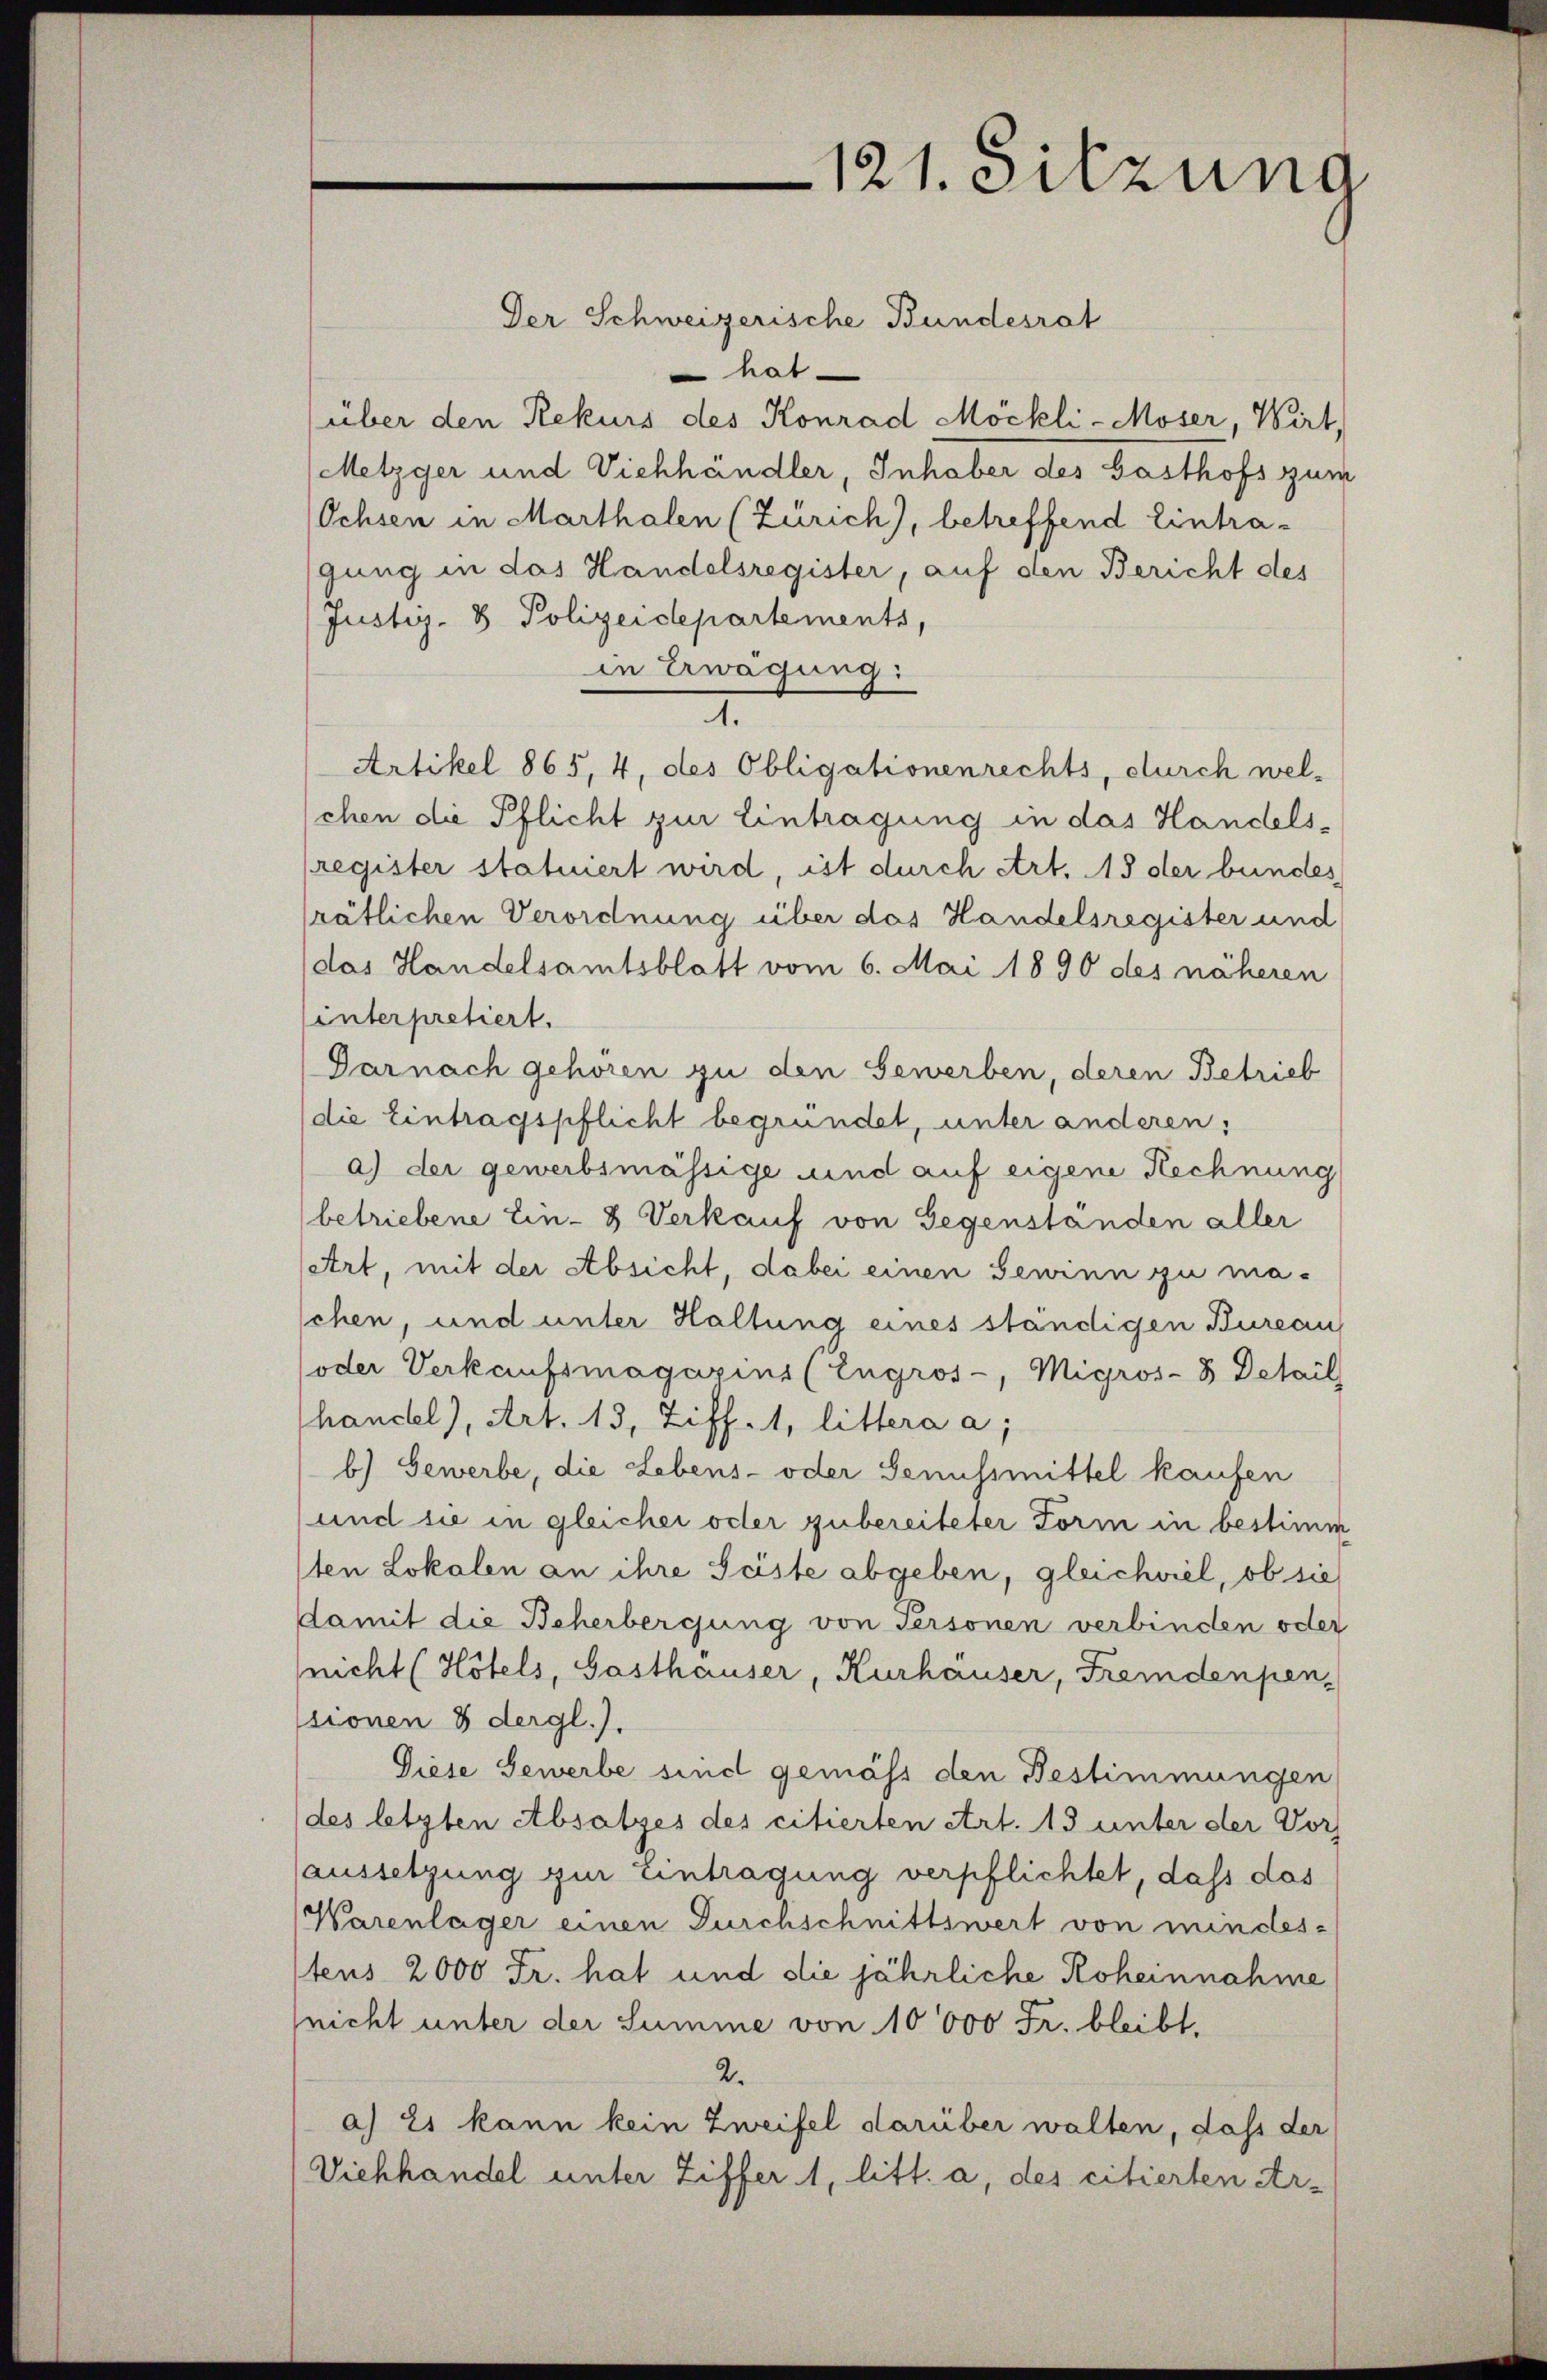
121. Sitzung

Der Schweizerische Bundesrat
hat.
über den Rekurs des Konrad Möckli-Moser, Wirt,
Metzger und Viehhändler, Inhaber des Gasthofs zum
Ochsen in Marthalen (Zürich), betreffend Eintragung in das Handelsregister, auf den Bericht des
Justiz- & Polizeidepartements,
in Erwägung:
.
Artikel 865, 4, des Obligationenrechts, durch wel-
chen die Pflicht zur Eintragung in das Handelsregister statuiert wird, ist durch Art. 15 der bundes
rätlichen Verordnung über das Handelsregister und
(das Handelsamtsblatt vom 6. Mai 1890 des näheren
Interpretiert.
Darnach gehören zu den Gewerben, deren Betrieb
(die Eintragspflicht begründet, unter anderen:
a) der gewerbsmässige und auf eigene Rechnung
betriebene Ein- & Verkauf von Gegenständen aller
Art, mit der Absicht, dabei einen Gewinn zu ma-
schen, und unter Haltung eines ständigen Bureau
oder Verkaufsmagazins (Engros-, Migros-B Detail
hancel), Art. 13, Ziff. 1, littera a;
b) Gewerbe, die Lebens- oder Genussmittel kaufen
und sie in gleicher oder zubereiteter Form in bestimm
1ten Lokalen an ihre Seiste abgeben, gleichviel, ob sie
damit die Beherbergung von Personen verbinden oder
nicht (Hotels, Gasthauser, Kurhauser, Fremdenpen-
ssionen & dergl.).
Diese Gewerbe sind gemäss den Bestimmungen
des letzten Absatzes des citierten Art. 15 unter der Vor
aussetzung zur Eintragung verpflichtet, dass das
Warenlager einen Durchschnittswert von mindes-
tens 2000 Fr. hat und die jährliche Roheinnahme
(nicht unter der Summe von 10000 Fr. bleibt.
2.
a) Es kann kein Zweifel darüber walten, dass der
Viehhandel unter Ziffer 1, litt. a, des citierten Ar¬